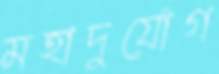
মহাদুর্যোগ